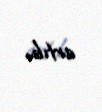
artıb.